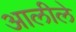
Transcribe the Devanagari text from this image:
आलीले